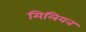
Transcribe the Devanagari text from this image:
मिलियन